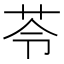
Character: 苓